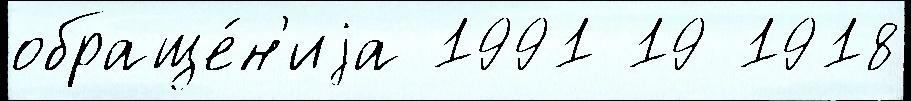
обраще́н'иjа 1991 19 1918